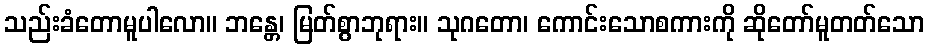
သည်းခံတောမူပါလော။ ဘန္တေ၊ မြတ်စွာဘုရား။ သုဂတော၊ ကောင်းသောစကားကို ဆိုတော်မူတတ်သော